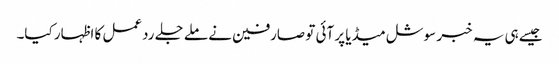
جیسےہی یہ خبر سوشل میڈیا پر آئی تو صارفین نے ملے جلے ردعمل کا اظہار کیا۔